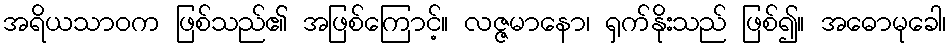
အရိယသာဝက ဖြစ်သည်၏ အဖြစ်ကြောင့်။ လဇ္ဇမာနော၊ ရှက်နိုးသည် ဖြစ်၍။ အဓောမုခေါ၊